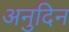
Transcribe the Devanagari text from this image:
अनुदिन